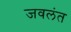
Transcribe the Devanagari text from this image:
जवलंत